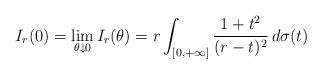
LaTeX: \begin{align*}I_{r}(0)=\lim_{\theta\downarrow0}I_{r}(\theta)=r\int_{[0,+\infty]}\frac{1+t^{2}}{(r-t)^{2}}\,d\sigma(t)\end{align*}